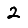
Digit: 2